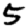
Digit: 5